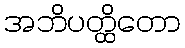
အဘိပတ္ထိတော